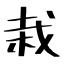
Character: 栽